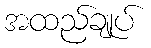
အထည်ချုပ်